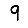
Digit: 9